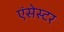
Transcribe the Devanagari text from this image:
एंसेस्टर